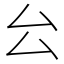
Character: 㕕